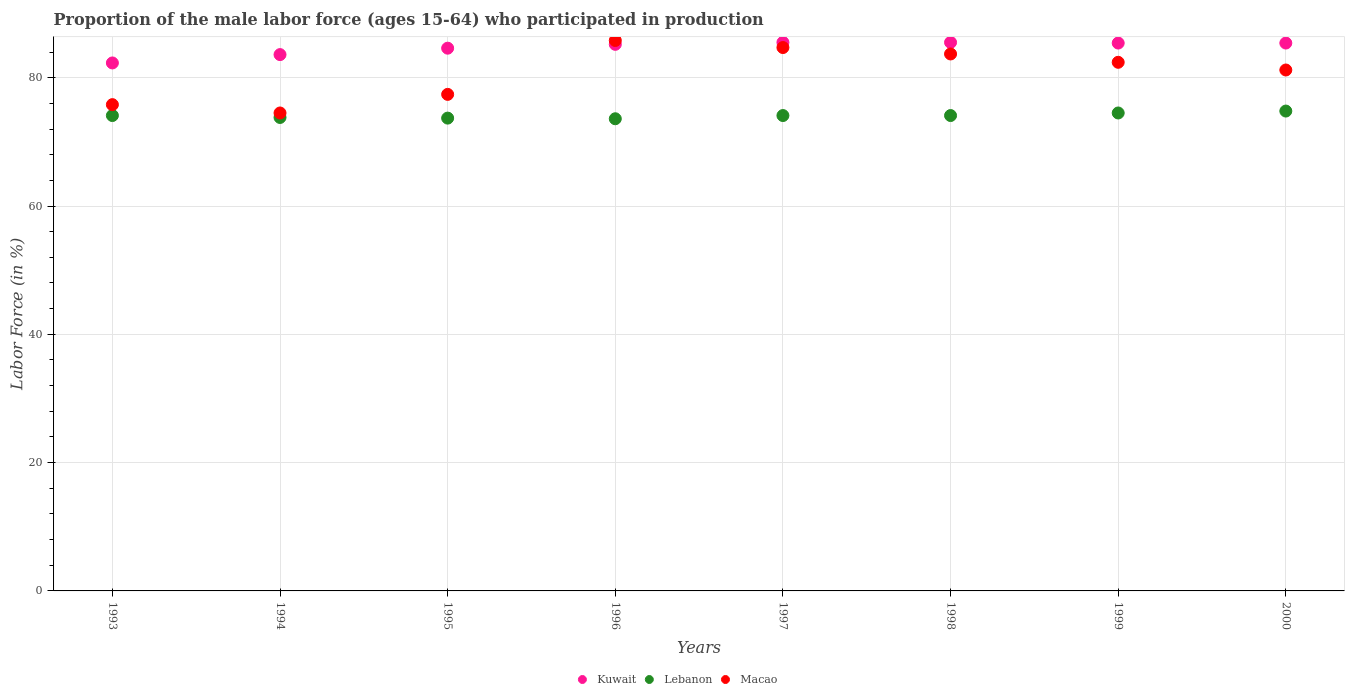
| Years | Kuwait | Lebanon | Macao |
 | --- | --- | --- | --- |
 | 1993 | 82.3 | 74.1 | 75.8 |
 | 1994 | 83.6 | 73.8 | 74.5 |
 | 1995 | 84.6 | 73.7 | 77.4 |
 | 1996 | 85.2 | 73.6 | 85.8 |
 | 1997 | 85.5 | 74.1 | 84.7 |
 | 1998 | 85.5 | 74.1 | 83.7 |
 | 1999 | 85.4 | 74.5 | 82.4 |
 | 2000 | 85.4 | 74.8 | 81.2 |